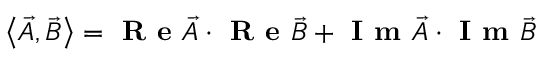
\left\langle \vec { A } , \vec { B } \right\rangle = \textbf { R e } \vec { A } \cdot \textbf { R e } \vec { B } + \textbf { I m } \vec { A } \cdot \textbf { I m } \vec { B }